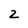
Character: 2